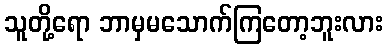
သူတို့ရော ဘာမှမသောက်ကြတော့ဘူးလား